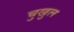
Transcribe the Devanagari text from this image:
चुखुल